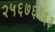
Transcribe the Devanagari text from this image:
२५६७६१६३